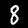
Label: 8